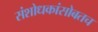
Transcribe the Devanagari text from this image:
संशोधकांसोबतच